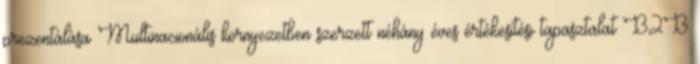
prezentálása Multinacionális környezetben szerzett néhány éves értékesítési tapasztalat B2B